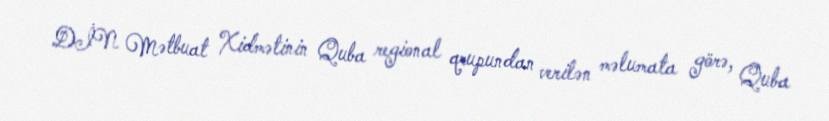
DİN Mətbuat Xidmətinin Quba regional qrupundan verilən məlumata görə, Quba